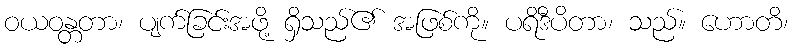
ဝယဝန္တတာ၊ ပျက်ခြင်းအဖို့ ရှိသည်၏ အဖြစ်ကို။ ပရိဒီပိတာ၊ သည်။ ဟောတိ၊